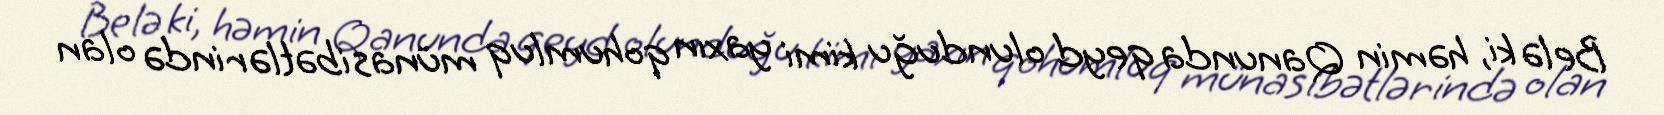
Belə ki, həmin Qanunda qeyd olunduğu kimi yaxın qohumluq münasibətlərində olan